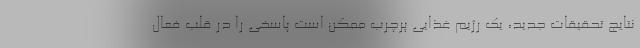
نتایج تحقیقات جدید، یک رژیم غذایی پرچرب ممکن است پاسخی را در قلب فعال